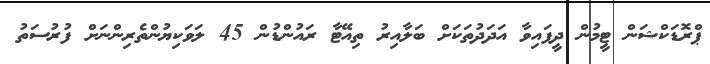
ޕްރޮޑަކްޝަން ޓީމުން ދީފައިވާ އަދަދުތަކަށް ބަލާއިރު ތިއޭޓާ ރައުންޑުން 45 ލަވަކިޔުންތެރިންނަށް ފުރުސަތު